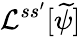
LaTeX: \mathcal{L}^{ss^{\prime}}[\widetilde\psi]